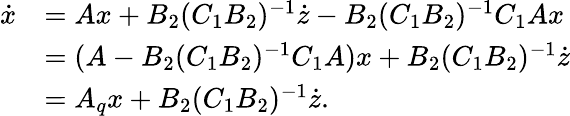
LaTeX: \begin{array}{rl}{\dot{x}}&{=Ax+B_{2}(C_{1}B_{2})^{-1}\dot{z}-B_{2}(C_{1}B_{2})^{-1}C_{1}Ax}\\ &{=(A-B_{2}(C_{1}B_{2})^{-1}C_{1}A)x+B_{2}(C_{1}B_{2})^{-1}\dot{z}}\\ &{=A_{q}x+B_{2}(C_{1}B_{2})^{-1}\dot{z}.}\end{array}